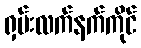
ရှမ်းလက်နက်ကိုင်